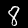
Digit: 8